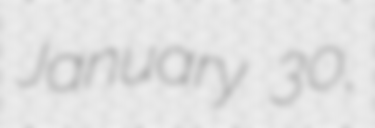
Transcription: January 30,